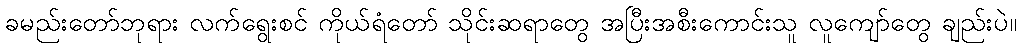
ခမည်းတော်ဘုရား လက်ရွေးစင် ကိုယ်ရံတော် သိုင်းဆရာတွေ အပြီးအစီးကောင်းသူ လူကျော်တွေ ချည်းပဲ။